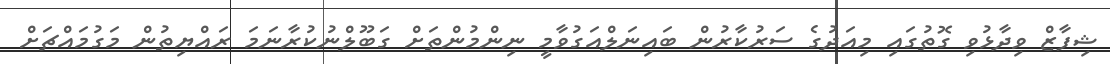
ޝިފާޒް ވިދާޅުވި ގޮތުގައި މިއަދުގެ ސަރުކާރުން ބައިނަލްއަގުވާމީ ނިންމުންތަށް ގަބޫލްނުކުރާނަމަ ރައްޔިތުން މަގުމައްޗަށް